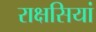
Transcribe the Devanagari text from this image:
राक्षसियां